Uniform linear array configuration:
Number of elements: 32
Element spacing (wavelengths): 0.5
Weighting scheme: uniform
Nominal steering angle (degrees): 45
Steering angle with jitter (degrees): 46.436
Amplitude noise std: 0.05
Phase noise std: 0.05

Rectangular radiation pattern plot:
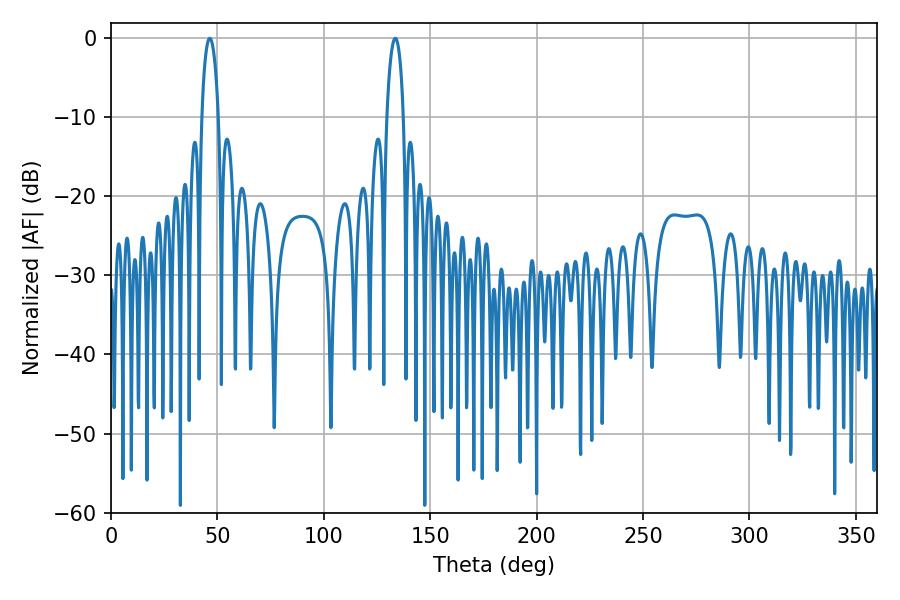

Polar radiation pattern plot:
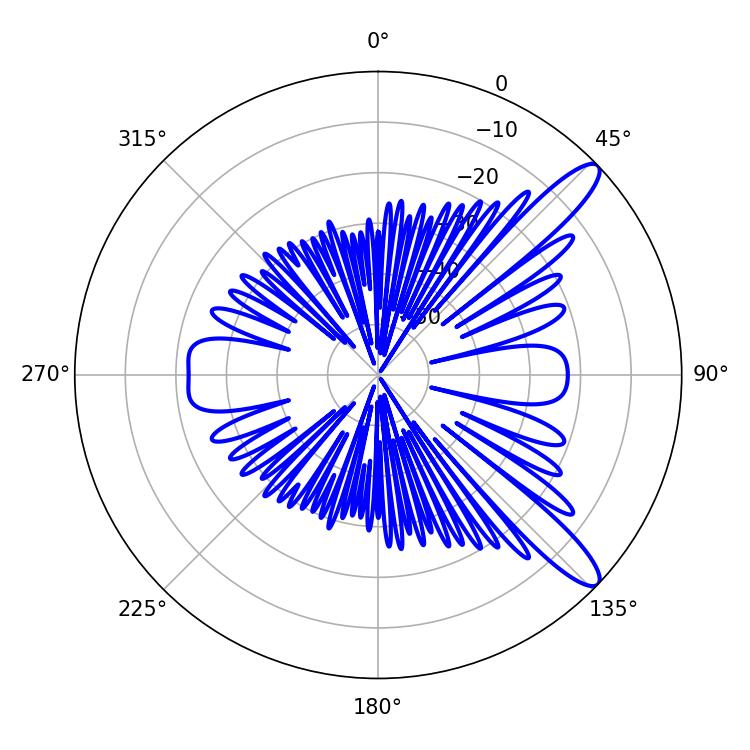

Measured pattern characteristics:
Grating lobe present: FALSE
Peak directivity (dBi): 11.928
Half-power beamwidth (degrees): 4.32
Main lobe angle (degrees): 46.44